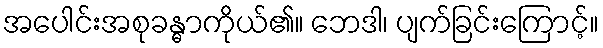
အပေါင်းအစုခန္ဓာကိုယ်၏။ ဘေဒါ၊ ပျက်ခြင်းကြောင့်။